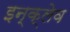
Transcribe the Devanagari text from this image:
इन्क्लेव